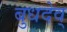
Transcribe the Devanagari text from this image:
बुधदेव्